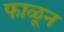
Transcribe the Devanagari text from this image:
फाळून